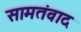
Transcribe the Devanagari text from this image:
सामतंवाद